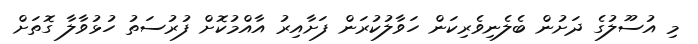
މި އުސޫލުގެ ދަށުން ބެލެނިވެރިކަން ހަވާލުކުރަން ފަށާއިރު އާއްމުކޮށް ފުރުސަތު ހުޅުވާލާ ގޮތަށް